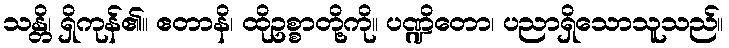
သန္တိ၊ ရှိကုန်၏။ ဧတာနိ၊ ထိုဥစ္စာတို့ကို။ ပဏ္ဍိတော၊ ပညာရှိသောသူသည်။